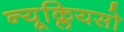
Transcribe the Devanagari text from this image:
न्यूक्लियसो